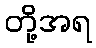
တို့အရ